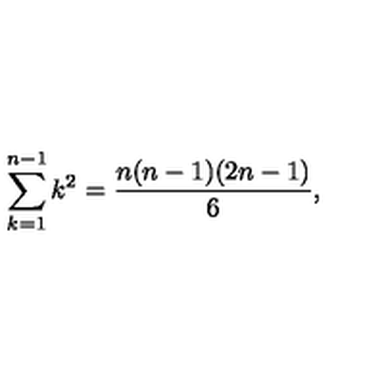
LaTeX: \sum _ { k = 1 } ^ { n - 1 } k ^ { 2 } = \frac { n ( n - 1 ) ( 2 n - 1 ) } { 6 } ,